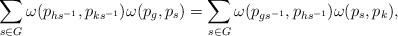
LaTeX: \begin{align*}\sum_{s\in G} \omega (p_{hs^{-1}}, p_{ks^{-1}}) \omega (p_{g}, p_s ) =\sum_{s\in G} \omega (p_{gs^{-1}}, p_{hs^{-1}}) \omega (p_s , p_k ),\end{align*}